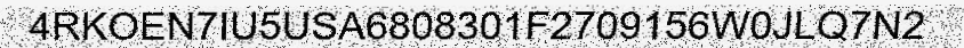
4RKOEN7IU5USA6808301F2709156W0JLQ7N2